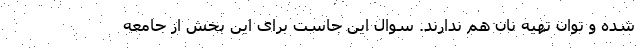
شده و توان تهیه نان هم ندارند. سوال این جاست برای این بخش از جامعه